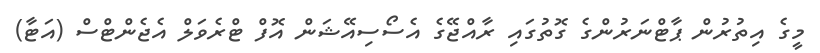
މީގެ އިތުރުން ޕާޓްނަރުންގެ ގޮތުގައި ރާއްޖޭގެ އެސޯސިއޭޝަން އޮފް ޓްރެވަލް އެޖެންޓްސް (އަޓާ)